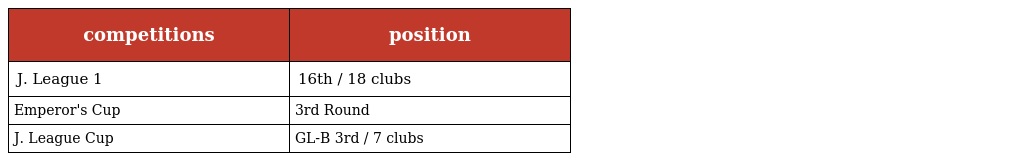
| competitions | position |
 | --- | --- |
 | J. League 1 | 16th / 18 clubs |
 | Emperor's Cup | 3rd Round |
 | J. League Cup | GL-B 3rd / 7 clubs |